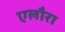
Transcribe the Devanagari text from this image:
एलौरा